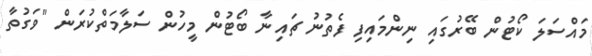
މައްސަލަ ކޯޓުން ބޭރުގައި ނިންމައިފި ފެތުނު ޗައިނާ ބޯޓުން މީހުން ސަލާމަތްކުރަން "ވަގުތާ